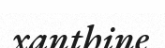
xanthine